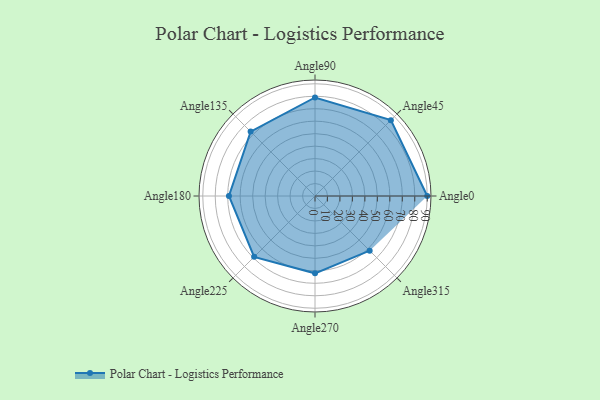
{"axis": {"x": "Angle", "y": "Radius"}, "legend": [""], "data": [{"x": "Angle0", "y": 90.0, "type": ""}, {"x": "Angle45", "y": 86.0, "type": ""}, {"x": "Angle90", "y": 79.0, "type": ""}, {"x": "Angle135", "y": 73.0, "type": ""}, {"x": "Angle180", "y": 69.0, "type": ""}, {"x": "Angle225", "y": 69.0, "type": ""}, {"x": "Angle270", "y": 62.0, "type": ""}, {"x": "Angle315", "y": 62.0, "type": ""}]}